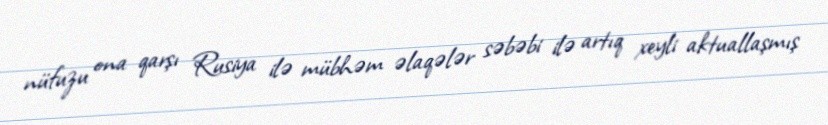
nüfuzu ona qarşı Rusiya ilə mübhəm əlaqələr səbəbi ilə artıq xeyli aktuallaşmış